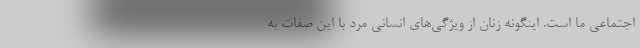
اجتماعی ما است. اینگونه زنان از ویژگی‌های انسانی مرد با این صفات به